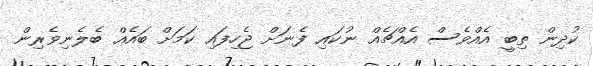
ކުދިން ތިބީ އެއްވެސް އެއްޗެއް ނުކައި ފެނަށް ޖެހިފައި ކަމަށް ބައެއް ބެލެނިވެރިން